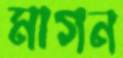
মাগন